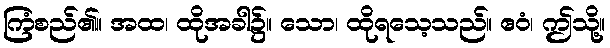
ကြံစည်၏။ အထ၊ ထိုအခါ၌။ သော၊ ထိုရသေ့သည်။ ဧဝံ၊ ဤသို့။